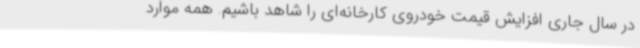
در سال جاری افزایش قیمت خودروی کارخانه‌ای را شاهد باشیم. همه موارد